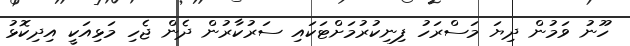
ހޫނު ވަމުން ދިޔަ މަސްރަހު ފިނިކުރުމަށްޓަކައި ސަރުކާރުން ދެން ޖެހި މަޅިއަކީ އިދިކޮޅު